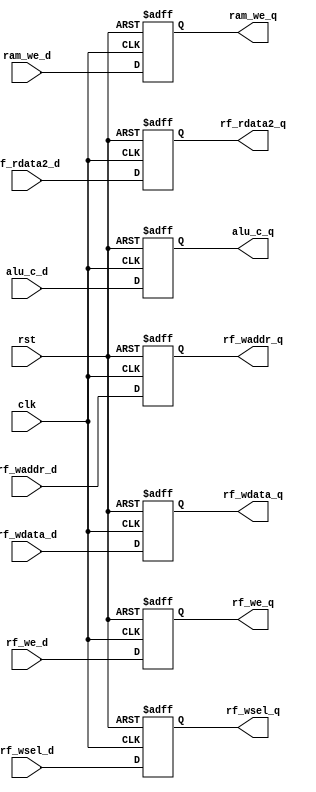
`timescale 1ns / 1ps

module ex_mem_reg (
    input wire clk,
    input wire rst,
    
    input wire rf_we_d,
    input wire [1:0] rf_wsel_d,
    input wire ram_we_d,
    input wire [31:0] rf_rdata2_d,
    input wire [4:0] rf_waddr_d,
    input wire [31:0] rf_wdata_d,
    input wire [31:0] alu_c_d,

    output reg rf_we_q,
    output reg [1:0] rf_wsel_q,
    output reg ram_we_q,
    output reg [31:0] rf_rdata2_q,
    output reg [4:0] rf_waddr_q,
    output reg [31:0] rf_wdata_q,
    output reg [31:0] alu_c_q
);

    always @ (posedge clk or posedge rst) begin
        if (rst) begin
            rf_we_q <= 1'b0;
            rf_wsel_q <= 2'b0;
            ram_we_q <= 1'b0;
            rf_rdata2_q <= 32'b0;
            rf_waddr_q <= 5'b0;
            rf_wdata_q <= 32'b0;
            alu_c_q <= 32'b0;
        end else begin
            rf_we_q <= rf_we_d;
            rf_wsel_q <= rf_wsel_d;
            ram_we_q <= ram_we_d;
            rf_rdata2_q <= rf_rdata2_d;
            rf_waddr_q <= rf_waddr_d;
            rf_wdata_q <= rf_wdata_d;
            alu_c_q <= alu_c_d;
        end
    end

endmodule